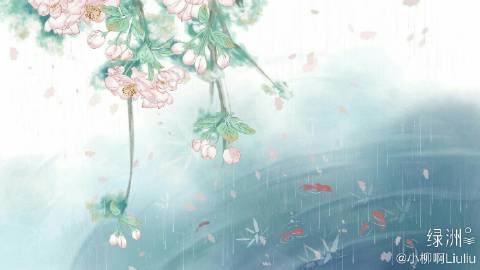
游丝冉冉花枝静，青壁迢迢白鸟过。